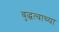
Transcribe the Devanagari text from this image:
बुद्धत्वाच्या